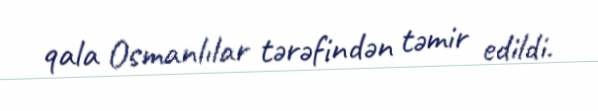
qala Osmanlılar tərəfindən təmir edildi.